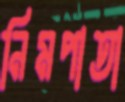
নিমপাতা